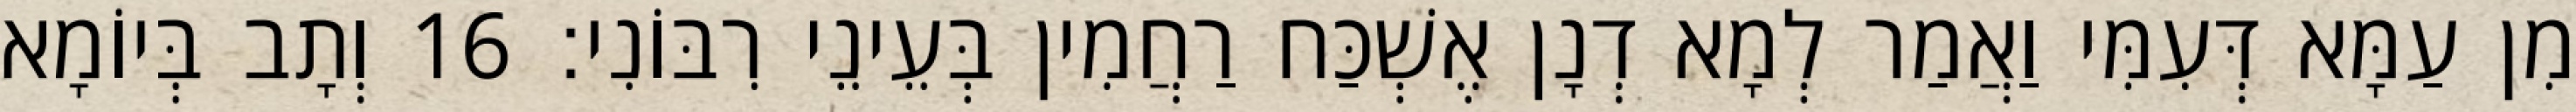
מִן עַמָּא דְּעִמִּי וַאֲמַר לְמָא דְנָן אֶשְׁכַּח רַחֲמִין בְּעֵינֵי רִבּוֹנִי׃ 16 וְתָב בְּיוֹמָא